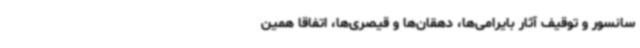
سانسور و توقیف آثار بایرامی‌ها، دهقان‌ها و قیصری‌ها، اتفاقاً همین